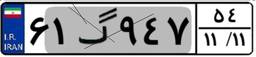
۳۰گ۹۴۱۸۲